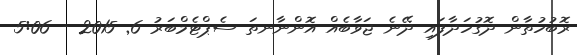
ރޮބުހުތާން ދޮގުހަދާފައި ދޭނެ ޖަވާބެއް އޮންނާނތަ ސެޕްޓެމްބަރު 6